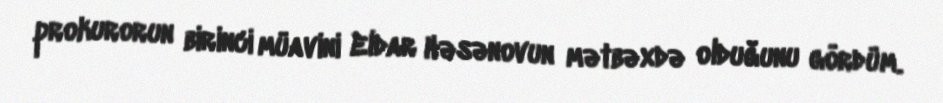
prokurorun birinci müavini Eldar Həsənovun mətbəxdə olduğunu gördüm.